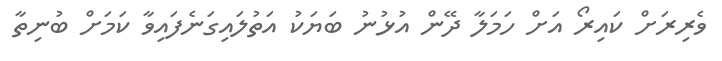
ވެރިރަށް ކައިރޯ އަށް ހަމަލާ ދޭން އުޅުނު ބަޔަކު އަތުލައިގަނެފައިވާ ކަމަށް ބުނިތާ